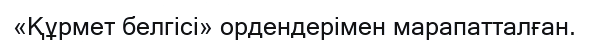
«Құрмет белгісі» ордендерімен марапатталған.